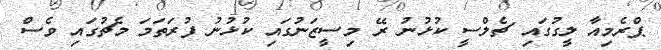
ޕްރެމިއާ ލީގުގައި ޗެލްސީ ކުޅުނު ރޭ މިސީޒަނުގައި ކުޅުނު ފުރަތަމަ މެޗުގައި ވެސް